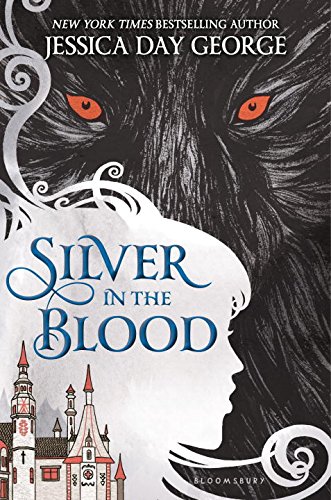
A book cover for Silver in the Blood; Jessica Day George; Teen & Young Adult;